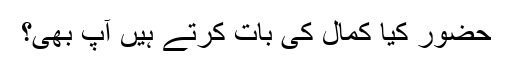
حضور کیا کمال کی بات کرتے ہیں آپ بھی؟